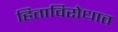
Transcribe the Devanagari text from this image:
हिताविरोधात